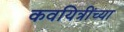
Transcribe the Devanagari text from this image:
कवयित्रींच्या